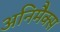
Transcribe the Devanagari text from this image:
अनिमैक्स